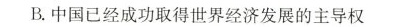
B.中国已经成功取得世界经济发展的主导权